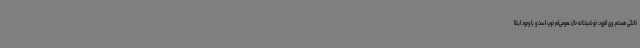
خانگی هستم. وی افزود: خوشبختانه حال عمومی‌ام خوب است و با وجود ابتلا